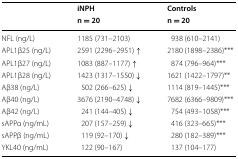
| <ROWSPAN=2>  | iNPH | Controls |
 | n = 20 | n = 20 |
 | --- | --- | --- |
 | NFL (ng/L) | 1185 (731–2103) | 938 (610–2141) |
 | APL1β25 (ng/L) | 2591 (2296–2951) ↑ | 2180 (1898–2386)*** |
 | APL1β27 (ng/L) | 1083 (887–1177) ↑ | 874 (796–964)*** |
 | APL1β28 (ng/L) | 1423 (1317–1550) ↓ | 1621 (1422–1797)** |
 | Aβ38 (ng/L) | 502 (266–625) ↓ | 1114 (819–1445)*** |
 | Aβ40 (ng/L) | 3676 (2190–4748) ↓ | 7682 (6366–9809)*** |
 | Aβ42 (ng/L) | 241 (144–405) ↓ | 754 (493–1058)*** |
 | sAPPα (ng/mL) | 207 (157–259) ↓ | 416 (323–665)*** |
 | sAPPβ (ng/mL) | 119 (92–170) ↓ | 280 (182–389)*** |
 | YKL40 (ng/mL) | 122 (90–167) | 137 (104–177) |